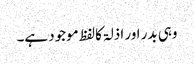
وہی بدر اور اذلۃ کالفظ موجود ہے۔